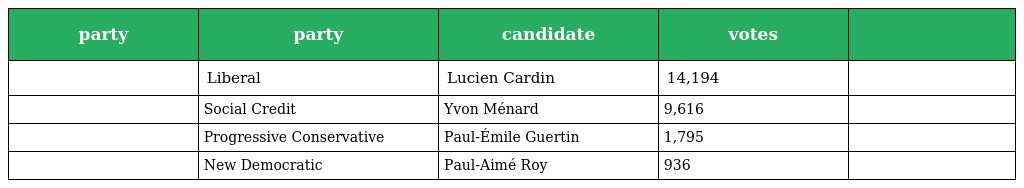
| party | party | candidate | votes |  |
 | --- | --- | --- | --- | --- |
 |  | Liberal | Lucien Cardin | 14,194 |  |
 |  | Social Credit | Yvon Ménard | 9,616 |  |
 |  | Progressive Conservative | Paul-Émile Guertin | 1,795 |  |
 |  | New Democratic | Paul-Aimé Roy | 936 |  |